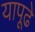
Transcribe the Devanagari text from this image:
यापूढे